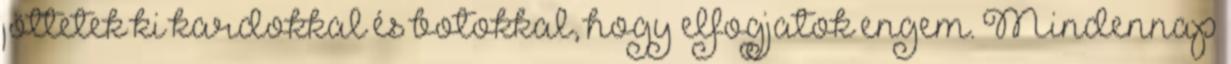
jöttetek ki kardokkal és botokkal, hogy elfogjatok engem. Mindennap